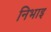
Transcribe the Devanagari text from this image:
निभाइ